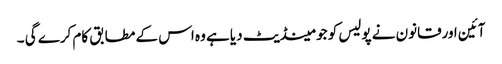
آئین اورقانون نے پولیس کو جو مینڈیٹ دیا ہے وہ اس کے مطابق کام کرے گی ۔